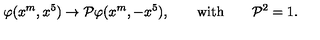
\varphi ( x ^ { m } , x ^ { 5 } ) \to { \cal P } \varphi ( x ^ { m } , - x ^ { 5 } ) , \qquad \mathrm { w i t h } \qquad { \cal P } ^ { 2 } = 1 .